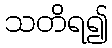
သတိရ၍